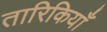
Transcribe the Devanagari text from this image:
तारिकियाँ